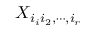
X _ { i _ { i } i _ { 2 } , \cdots , i _ { r } }